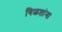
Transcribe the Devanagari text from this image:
गिळतांना